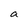
Character: a